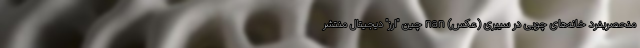
منحصربفرد خانه‌های چوبی در سیبری (عکس) nan چین "ارز" دیجیتال منتشر